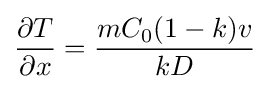
{\frac {\partial T}{\partial x}}={\frac {mC_{0}(1-k)v}{kD}}